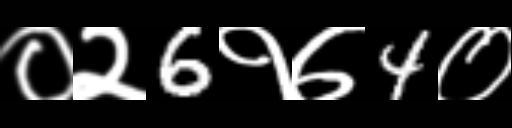
Text: ०२6१७4०